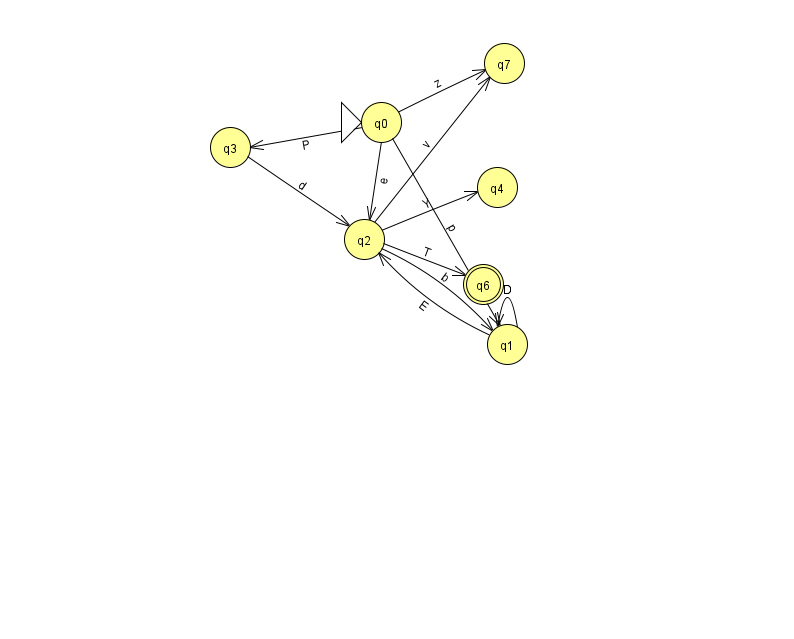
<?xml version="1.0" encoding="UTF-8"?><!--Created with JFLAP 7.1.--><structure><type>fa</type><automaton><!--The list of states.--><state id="0" name="q0"><x>381.0</x><y>109.0</y><initial/></state><state id="1" name="q1"><x>507.0</x><y>331.0</y></state><state id="2" name="q2"><x>364.0</x><y>226.0</y></state><state id="3" name="q3"><x>230.0</x><y>134.0</y></state><state id="4" name="q4"><x>497.0</x><y>174.0</y></state><state id="6" name="q6"><x>483.0</x><y>271.0</y><final/></state><state id="7" name="q7"><x>504.0</x><y>50.0</y></state><!--The list of transitions.--><transition><from>2</from><to>1</to><read>b</read></transition><transition><from>0</from><to>3</to><read>P</read></transition><transition><from>1</from><to>1</to><read>D</read></transition><transition><from>2</from><to>4</to><read>Y</read></transition><transition><from>1</from><to>2</to><read>E</read></transition><transition><from>0</from><to>1</to><read>p</read></transition><transition><from>2</from><to>7</to><read>v</read></transition><transition><from>3</from><to>2</to><read>d</read></transition><transition><from>0</from><to>7</to><read>z</read></transition><transition><from>0</from><to>2</to><read>e</read></transition><transition><from>2</from><to>6</to><read>T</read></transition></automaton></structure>